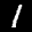
Label: 1